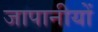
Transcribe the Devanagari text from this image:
जापानीयों